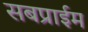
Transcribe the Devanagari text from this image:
सबप्राईम